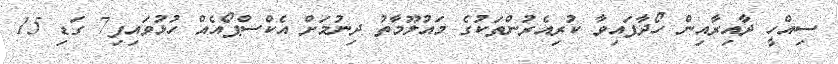
ސިއްހީ ދާއިރާއިން ހޯދާފައިވާ ކުރިއެރުންތަކުގެ މައުލޫމާތު ދިނުމަށް އެކްސްޕޯއެއް ހުޅުވައިފި7 ގަޑި 15